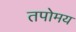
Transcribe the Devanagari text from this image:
तपोमय